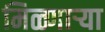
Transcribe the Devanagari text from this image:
मिळ्णाऱ्या